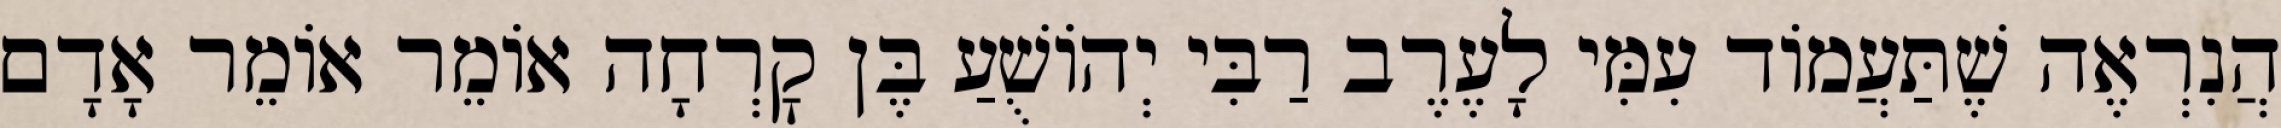
הֲנִרְאֶה שֶׁתַּעֲמוֹד עִמִּי לָעֶרֶב רַבִּי יְהוֹשֻׁעַ בֶּן קׇרְחָה אוֹמֵר אוֹמֵר אָדָם